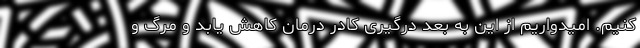
کنیم. امیدواریم از این به بعد درگیری کادر درمان کاهش یابد و مرگ و